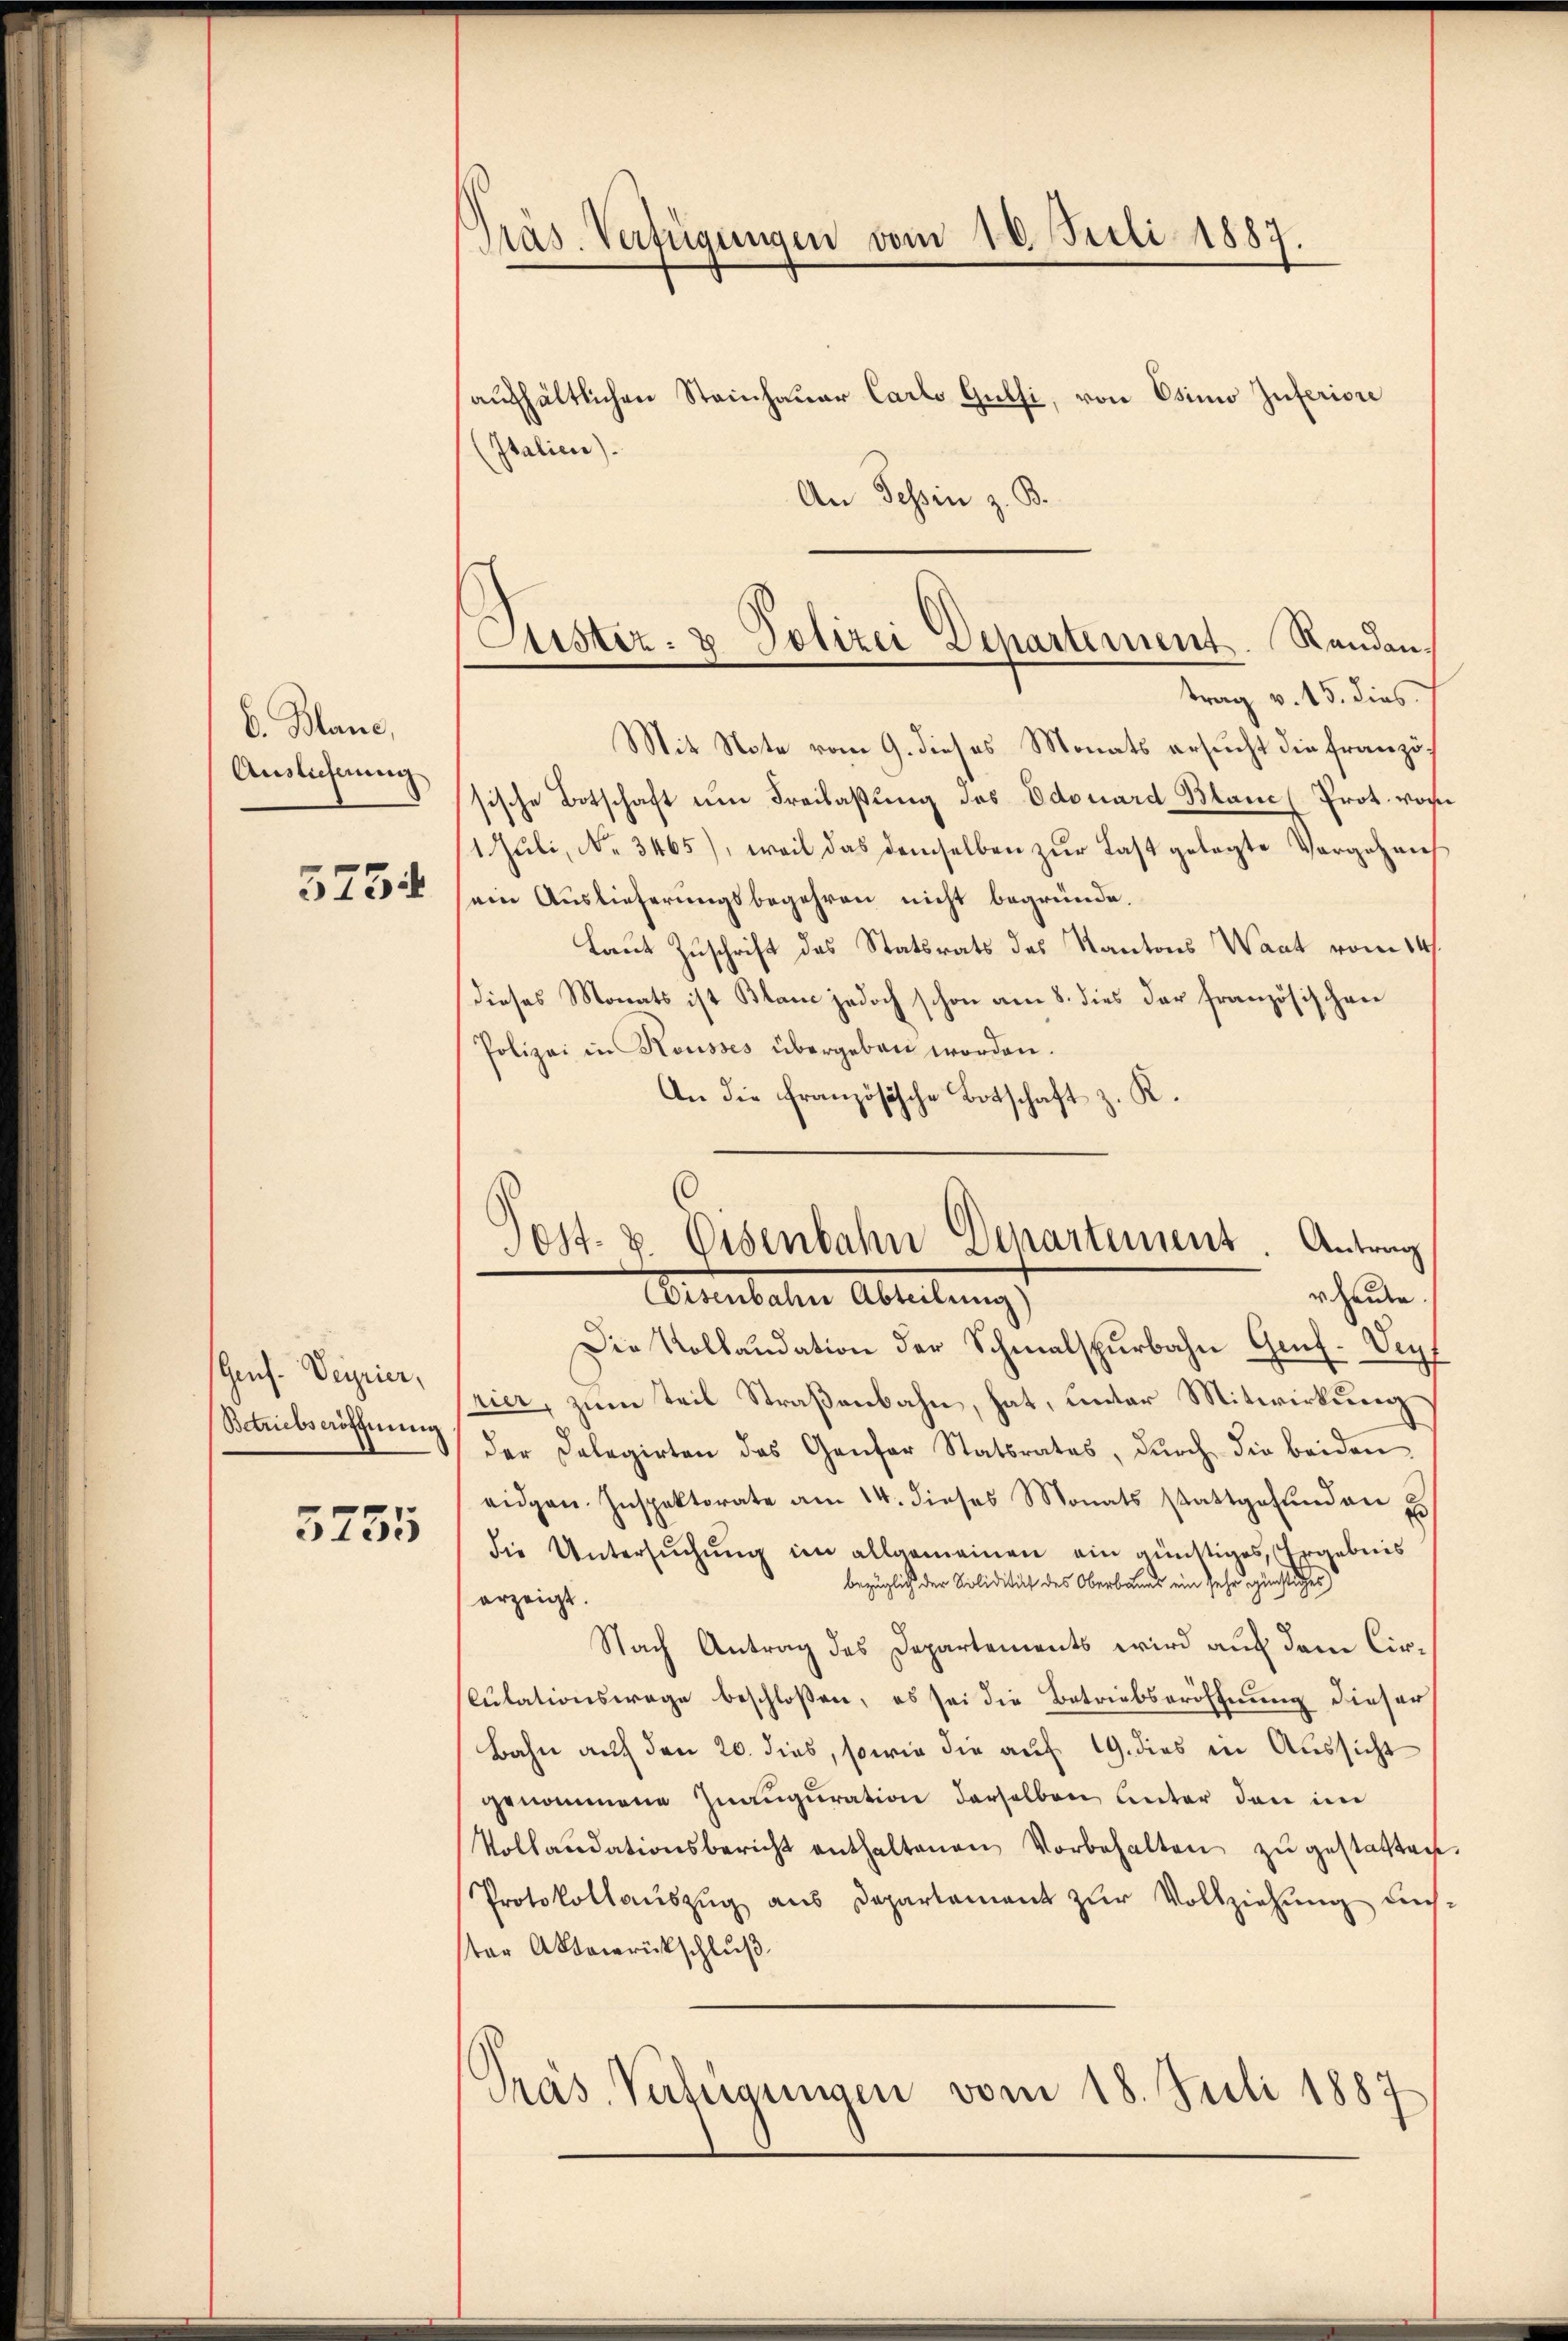
6. Mane,
Auslicherung
3754

Genf. Verrier,
Betriebseröffnung

5755

Präs. Verfügungen vom 10. Juli 1887.

aufhältlichen Steinhauer Carlo Gutsi, von Osimo Inferiore
(Italien).
An Tessin z. B.
trag v. 15. dies
Mit Note vom 9. dieses Monats ersucht die französische Botschaft um Freilassung des Odouard Blanc (Prot. vor
1. Jŭli, No. 3465), weil das demselben zŭr Last gelegte Vorgehen
ein Auslieferungsbegehren nicht begründe.
Laut Zuschrift des Statsrats des Kantons Waat vom 14
dieses Monats ist Blanc jedoch schon am 8. dies der französischen
Polizei in Kousses übergeben worden.
An die französische Botschaft z. R.
Die Kollaudation der Schmalspurbahn Genf-Veyf
rier, zum Teil Straßenbahn, hat, unter Mitwirkung
der Delegirten das Genfer Statsrates, dŭrch die beiden
eidgen. Inspektorate am 14. dieses Monats stattgefŭnden u
die Untersŭchŭng im allgemeinen ein günstiges, Ergebnis
bezüglich der Solidität des Oberbaues ein sehr günstliches
erzeigt.
Nach Antrag des Departements wird auf dem Cir¬
Culationswage beschloßen, es sei die Betriebseröffnung dieser
Bahn auf den 20. dies, sowie die auf 19. dies in Aussicht
genommene Inauguration derselben unter den im
Vollandationsbericht enthaltenen Vorbehalten zŭ gestatten
Protokollauszug aus Departement zur Vollziehung uns
ster Aktenrückschluß
Präs. Verfügungen vom 18. Juli 1887

Justiz- & Polizei Departement. Randan¬

Post- u. Eisenbahn Departement. Antrag
rchenden.
ellaten Abteilungs